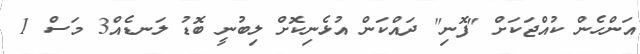
އަންހެން ކުއްޖަކަށް "ފޮނި" ދައްކަން އުޅެނިކޮށް ލިބުނީ ބޮޑު ލަނޑެއް3 މަސް 1